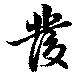
發